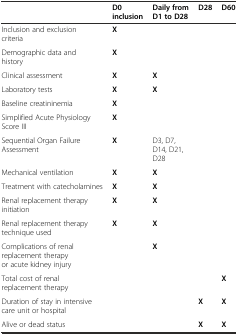
|  | D0 inclusion | Daily from D1 to D28 | D28 | D60 |
 | --- | --- | --- | --- | --- |
 | Inclusion and exclusion criteria | X |  |  |  |
 | Demographic data and history | X |  |  |  |
 | Clinical assessment | X | X |  |  |
 | Laboratory tests | X | X |  |  |
 | Baseline creatininemia | X |  |  |  |
 | Simplified Acute Physiology Score III | X |  |  |  |
 | Sequential Organ Failure Assessment | X | D3, D7, D14, D21, D28 |  |  |
 | Mechanical ventilation | X | X |  |  |
 | Treatment with catecholamines | X | X |  |  |
 | Renal replacement therapy initiation | X | X |  |  |
 | Renal replacement therapy technique used | X | X |  |  |
 | Complications of renal replacement therapy or acute kidney injury |  | X |  |  |
 | Total cost of renal replacement therapy |  |  |  | X |
 | Duration of stay in intensive care unit or hospital |  |  | X | X |
 | Alive or dead status |  |  | X | X |